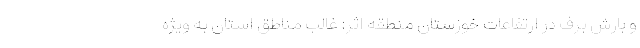
و بارش برف در ارتفاعات خوزستان منطقه اثر: غالب مناطق استان به ویژه